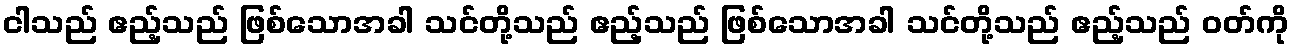
ငါသည် ဧည့်သည် ဖြစ်သောအခါ သင်တို့သည် ဧည့်သည် ဖြစ်သောအခါ သင်တို့သည် ဧည့်သည် ဝတ်ကို